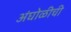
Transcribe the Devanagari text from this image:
अंघोळीची